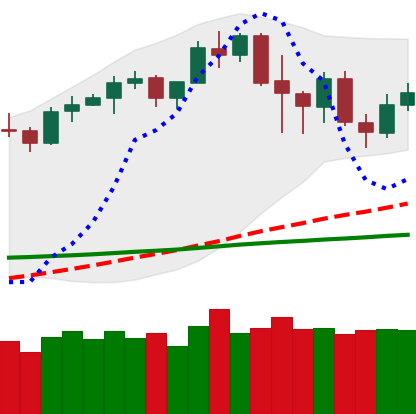
Ticker: LTC-USD
Chart end date: 2020-02-22
Forward return: -18.135%
Label: down_7plus